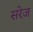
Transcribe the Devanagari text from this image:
सरेज